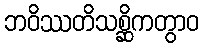
ဘဝိဿတိသစ္ဆိကတွာဝ